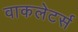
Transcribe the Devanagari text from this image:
वाकलेटर्स